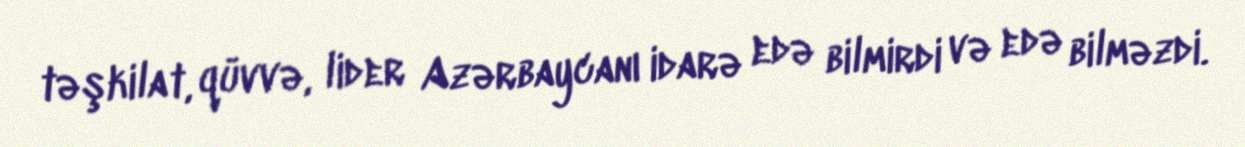
təşkilat, qüvvə, lider Azərbaycanı idarə edə bilmirdi və edə bilməzdi.